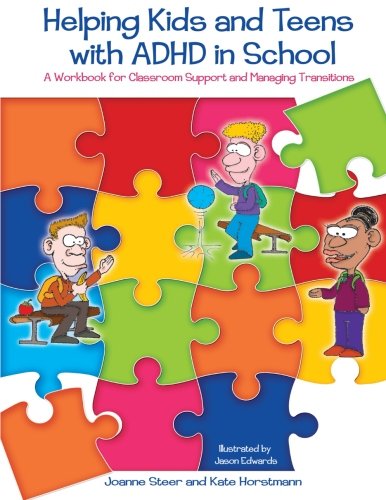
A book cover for Helping Kids and Teens with ADHD in School: A Workbook for Classroom Support and Managing Transitions; Kate Horstmann; Health, Fitness & Dieting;